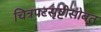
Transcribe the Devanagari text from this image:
चित्रपटसृष्टीसोबत